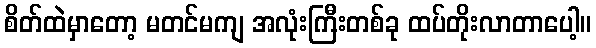
စိတ်ထဲမှာတော့ မတင်မကျ အလုံးကြီးတစ်ခု ထပ်တိုးလာတာပေါ့။